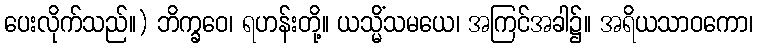
ပေးလိုက်သည်။) ဘိက္ခဝေ၊ ရဟန်းတို့။ ယသ္မိံသမယေ၊ အကြင်အခါ၌။ အရိယသာဝကော၊